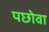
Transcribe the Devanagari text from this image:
पछोवा